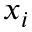
x _ { i }